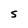
Character: S